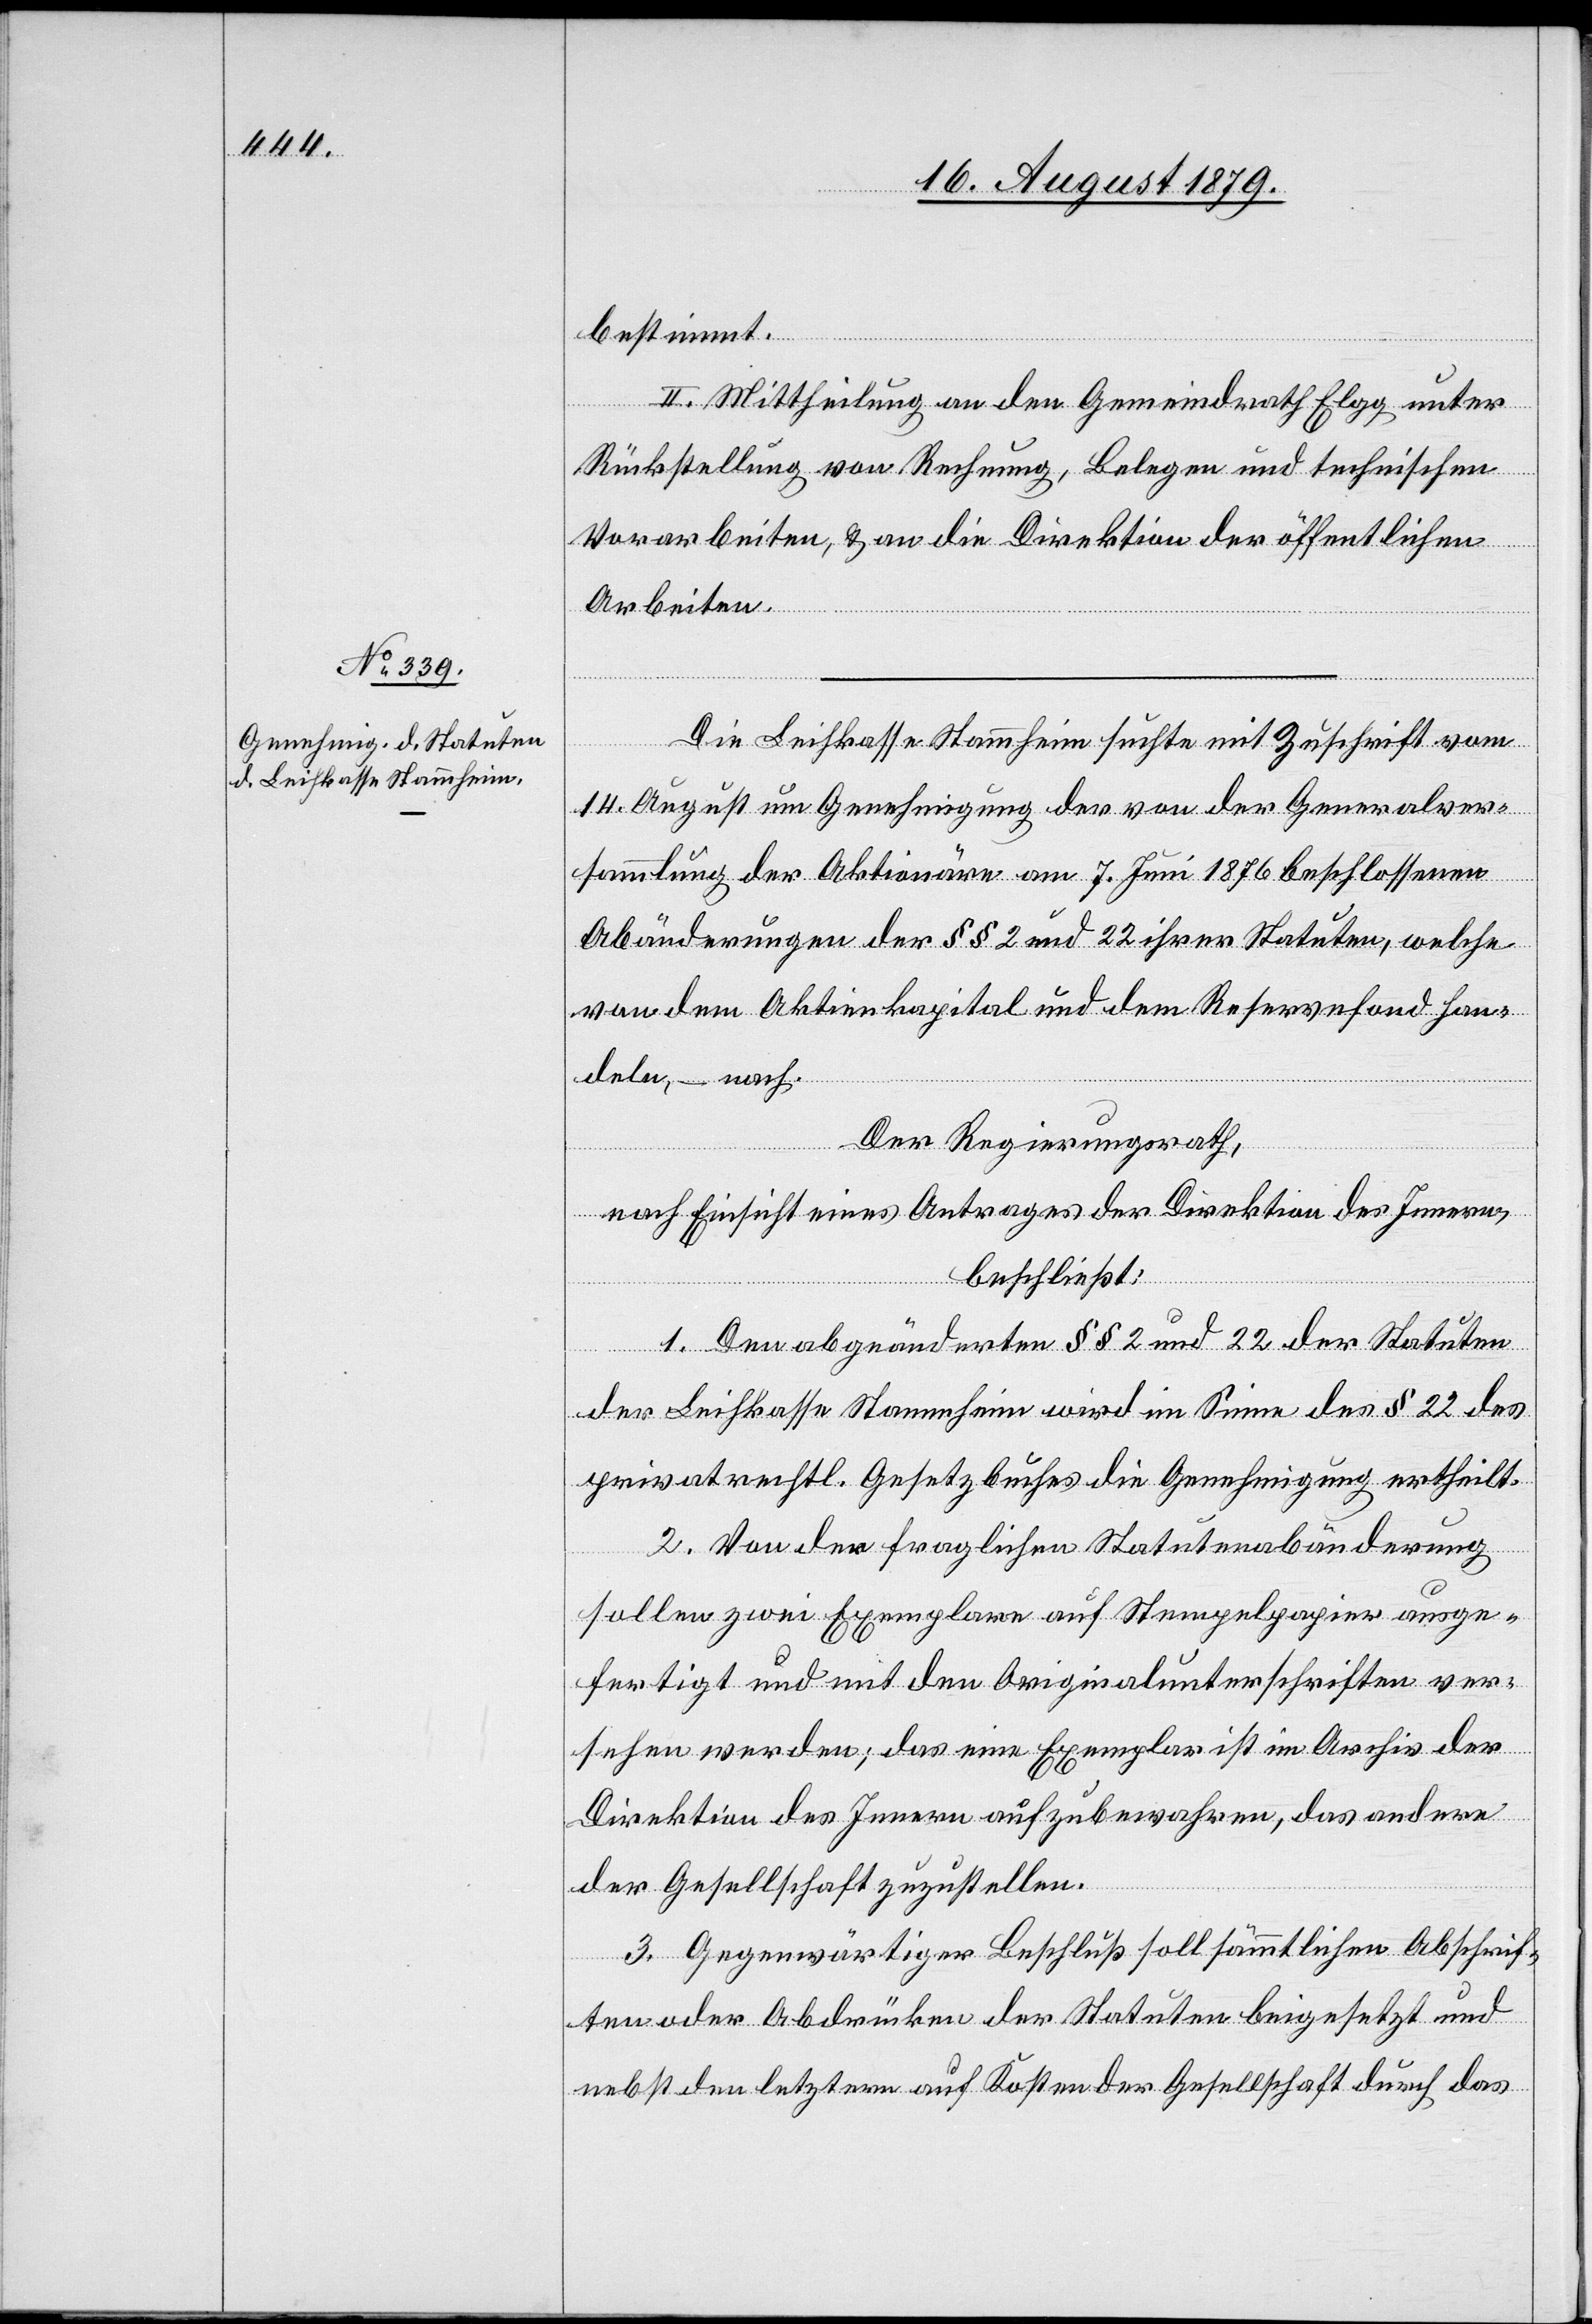
bestimmt.
II. Mittheilung an den Gemeindrath Elgg unter
Rückstellung von Rechnung, Belegen und technischen
Vorarbeiten, & an die Direktion der öffentlichen
Arbeiten.
Die Leihkasse Stammheim suchte mit Zuschrift vom
14. August um Genehmigung des von der Generalsver¬
sammlung der Aktionäre am 7. Juni 1876 beschlossenen
Abänderungen der §§ 2 und 22 ihrer Statuten, welche
von dem Aktienkapital und dem Reservefond han¬
deln, – nach.
Der Regierungsrath,
nach Einsicht eines Antrages der Direktion des Innern,
beschließt:
1. Den abgeänderten §§ 2 und 22 der Statuten
der Leihkasse Stammheim wird im Sinne des § 22 des
privatrechtl. Gesetzbuches die Genehmigung ertheilt.
2. Von der fraglichen Statutenabänderung
sollen zwei Exemplare auf Stempelpapier ausge¬
fertigt und mit den Originalunterschriften ver¬
sehen werden; das eine Exemplar ist im Archiv der
Direktion des Innern aufzubewahren, das andere
der Gesellschaft zuzustellen.
3. Gegenwärtiger Beschluß soll sämmtlichen Abschrif¬
ten oder Abdrücken der Statuten beigesetzt und
nebst den letztern auf Kosten der Gesellschaft durch das